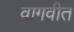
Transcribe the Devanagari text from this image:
वागवीत